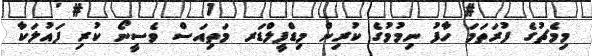
މިމެޗުގެ ފުރަތަމަ ހާފު ނިމުމުގެ ކުރިން މިޑްފީލްޑަރ މަތިއަސް ވެސީނޯ ކުރި ފައުލަކާ